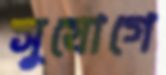
সুযোগে